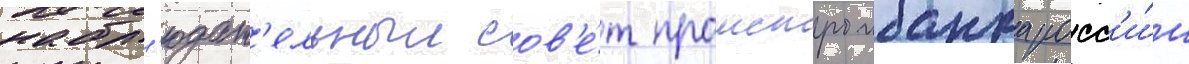
набл'юдат'ельныи сов'е́т промстроибанка росс'и́и